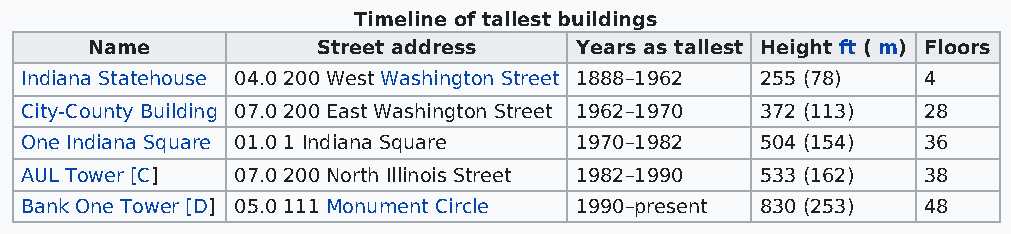
Timeline of tallest buildings
 Name           Street address   Years as tallest Height ft ( m) Floors
 Indiana Statehouse 04.0 200 West Washington Street 1888–1962 255 (78) 4
 City-County Building 07.0 200 East Washington Street 1962–1970 372 (113) 28
 One Indiana Square 01.0 1 Indiana Square 1970–1982 504 (154) 36
 AUL Tower [C]  07.0 200 North Illinois Street 1982–1990 533 (162) 38
 Bank One Tower [D] 05.0 111 Monument Circle 1990–present 830 (253) 48